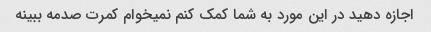
اجازه دهید در این مورد به شما کمک کنم نمیخوام کمرت صدمه ببینه